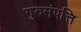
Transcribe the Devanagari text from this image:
गुरुसंपत्ति